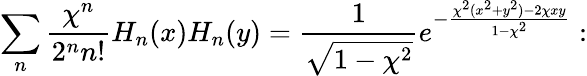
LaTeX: \sum_{n}\frac{\chi^{n}}{2^{n}n!}H_{n}(x)H_{n}(y)=\frac{1}{\sqrt{1-\chi^{2}}}e^{-\frac{\chi^{2}(x^{2}+y^{2})-2\chi xy}{1-\chi^{2}}}: